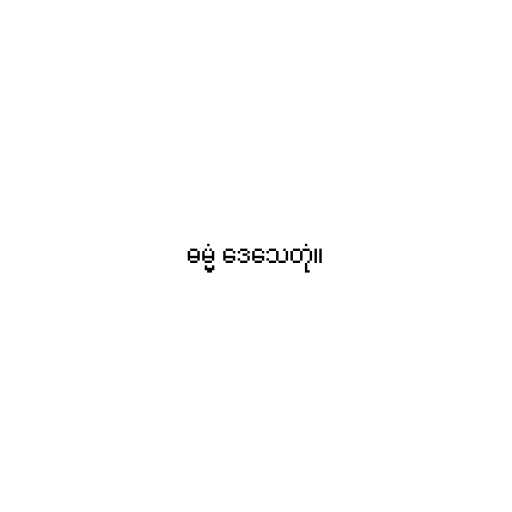
ဓမ္မံ ဒေသေတုံ။